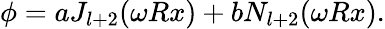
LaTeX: \phi=aJ_{l+2}(\omega Rx)+bN_{l+2}(\omega Rx).